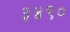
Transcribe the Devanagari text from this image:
३४९०